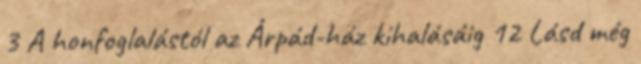
3 A honfoglalástól az Árpád-ház kihalásáig 12 Lásd még